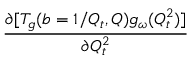
{ \frac { \partial [ T _ { g } ( b = 1 / Q _ { t } , Q ) g _ { \omega } ( Q _ { t } ^ { 2 } ) ] } { \partial Q _ { t } ^ { 2 } } }